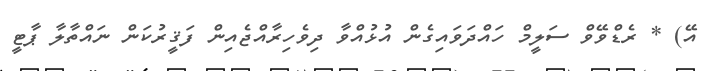
އޭ) * ރެޑްވޭވް ސަލީމް ހައްދަވައިގެން އުޅުއްވާ ދިވެހިރާއްޖެއިން ފަޤީރުކަން ނައްތާލާ ޕާޓީ